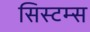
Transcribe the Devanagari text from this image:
सिस्‍टम्स